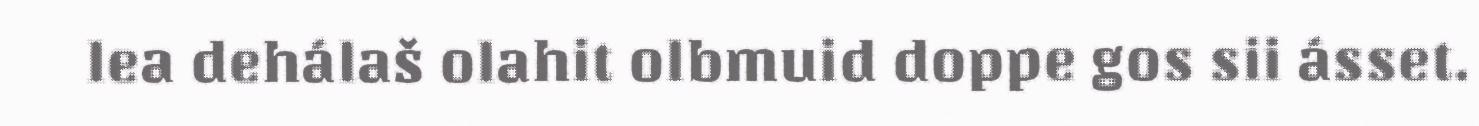
lea dehálaš olahit olbmuid doppe gos sii ásset.